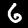
Digit: 6